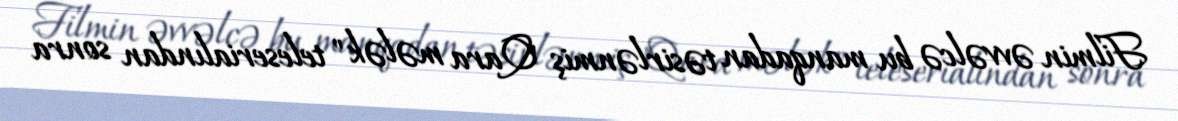
Filmin əvvəlcə bu manqadan təsirlənmiş "Qara mələk" teleserialından sonra